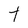
Character: t